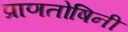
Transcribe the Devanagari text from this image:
प्राणतोषिनी